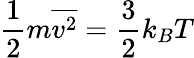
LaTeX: \displaystyle{\frac{1}{2}}m{\overline{{v^{2}}}}={\frac{3}{2}}k_{B}T